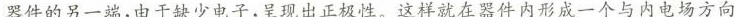
器件的另一端，由于缺少电子，呈现出正极性。这样就在器件内形成一个与内电场方向